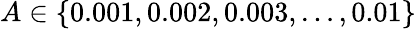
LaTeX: A\in\left\{ 0.001,0.002,0.003,\ldots,0.01\right\}